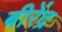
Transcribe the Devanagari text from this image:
बीरेंद्र